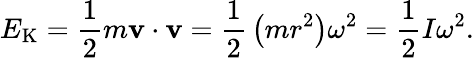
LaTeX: E_{\mathrm{K}}={\frac{1}{2}}m\mathbf{v}\cdot\mathbf{v}={\frac{1}{2}}\left(mr^{2}\right)\omega^{2}={\frac{1}{2}}I\omega^{2}.